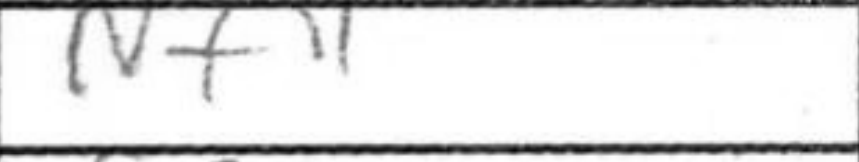
Transcription: Nf4